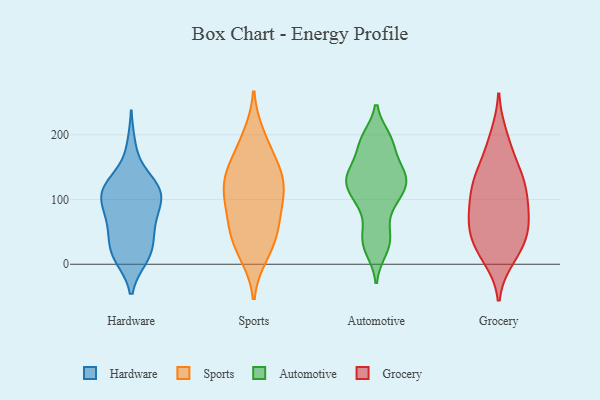
{"axis": {"x": "Conversion Rate (%)", "y": "Value"}, "legend": ["Automotive", "Grocery", "Hardware", "Sports"], "data": [{"x": "", "y": 116, "type": "Hardware"}, {"x": "", "y": 61, "type": "Hardware"}, {"x": "", "y": 21, "type": "Hardware"}, {"x": "", "y": 27, "type": "Hardware"}, {"x": "", "y": 122, "type": "Hardware"}, {"x": "", "y": 110, "type": "Hardware"}, {"x": "", "y": 90, "type": "Hardware"}, {"x": "", "y": 129, "type": "Hardware"}, {"x": "", "y": 11, "type": "Hardware"}, {"x": "", "y": 60, "type": "Hardware"}, {"x": "", "y": 99, "type": "Hardware"}, {"x": "", "y": 115, "type": "Hardware"}, {"x": "", "y": 98, "type": "Hardware"}, {"x": "", "y": 121, "type": "Hardware"}, {"x": "", "y": 15, "type": "Hardware"}, {"x": "", "y": 52, "type": "Hardware"}, {"x": "", "y": 181, "type": "Hardware"}, {"x": "", "y": 12, "type": "Hardware"}, {"x": "", "y": 74, "type": "Hardware"}, {"x": "", "y": 102, "type": "Sports"}, {"x": "", "y": 183, "type": "Sports"}, {"x": "", "y": 77, "type": "Sports"}, {"x": "", "y": 53, "type": "Sports"}, {"x": "", "y": 15, "type": "Sports"}, {"x": "", "y": 24, "type": "Sports"}, {"x": "", "y": 66, "type": "Sports"}, {"x": "", "y": 41, "type": "Sports"}, {"x": "", "y": 120, "type": "Sports"}, {"x": "", "y": 145, "type": "Sports"}, {"x": "", "y": 129, "type": "Sports"}, {"x": "", "y": 130, "type": "Sports"}, {"x": "", "y": 153, "type": "Sports"}, {"x": "", "y": 198, "type": "Sports"}, {"x": "", "y": 104, "type": "Sports"}, {"x": "", "y": 134, "type": "Automotive"}, {"x": "", "y": 187, "type": "Automotive"}, {"x": "", "y": 23, "type": "Automotive"}, {"x": "", "y": 90, "type": "Automotive"}, {"x": "", "y": 107, "type": "Automotive"}, {"x": "", "y": 40, "type": "Automotive"}, {"x": "", "y": 194, "type": "Automotive"}, {"x": "", "y": 146, "type": "Automotive"}, {"x": "", "y": 103, "type": "Automotive"}, {"x": "", "y": 133, "type": "Automotive"}, {"x": "", "y": 130, "type": "Automotive"}, {"x": "", "y": 187, "type": "Automotive"}, {"x": "", "y": 137, "type": "Automotive"}, {"x": "", "y": 43, "type": "Automotive"}, {"x": "", "y": 143, "type": "Grocery"}, {"x": "", "y": 106, "type": "Grocery"}, {"x": "", "y": 68, "type": "Grocery"}, {"x": "", "y": 182, "type": "Grocery"}, {"x": "", "y": 101, "type": "Grocery"}, {"x": "", "y": 65, "type": "Grocery"}, {"x": "", "y": 198, "type": "Grocery"}, {"x": "", "y": 144, "type": "Grocery"}, {"x": "", "y": 55, "type": "Grocery"}, {"x": "", "y": 105, "type": "Grocery"}, {"x": "", "y": 10, "type": "Grocery"}, {"x": "", "y": 29, "type": "Grocery"}, {"x": "", "y": 57, "type": "Grocery"}, {"x": "", "y": 19, "type": "Grocery"}, {"x": "", "y": 27, "type": "Grocery"}, {"x": "", "y": 72, "type": "Grocery"}, {"x": "", "y": 130, "type": "Grocery"}, {"x": "", "y": 127, "type": "Grocery"}]}